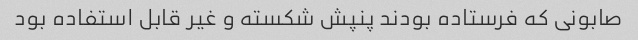
صابونی که فرستاده بودند پنپش شکسته و غیر قابل استفاده بود